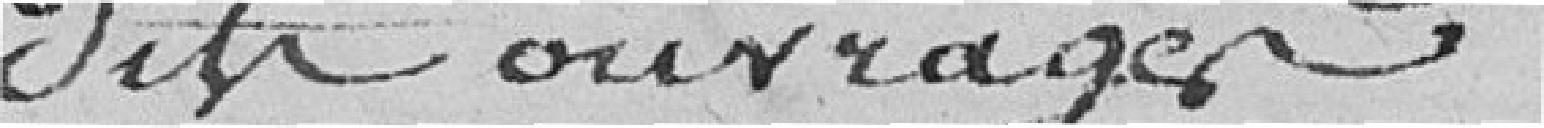
dits ouvrages.